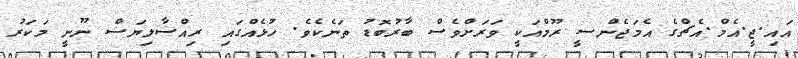
އައި.ޖީ.އެމް.އެޗްގެ އެމަޖެންސީ ރޫމްއަކީ ވަރަށްވެސް ބާރުބޮޑު ތަނެކެވެ. ހުޅެއްގައި ރިއްސާލިޔަސް ނޫނީ މަކަރު